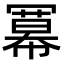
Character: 冪